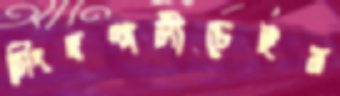
সিংহখালীচেইন